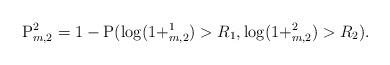
LaTeX: \begin{align*} \mathrm{P}^2_{m,2} = 1 - \mathrm{P} (\log(1+^1_{m,2})>R_1,\log(1+^2_{m,2})>R_2). \end{align*}